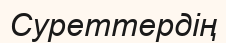
Суреттердің